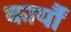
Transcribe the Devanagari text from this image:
कार्यौं